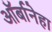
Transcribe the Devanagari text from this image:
ऑर्बानेहा